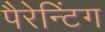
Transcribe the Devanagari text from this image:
पैरेन्टिंग